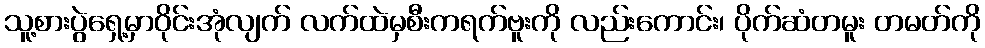
သူ့စားပွဲရှေ့မှာဝိုင်းအုံလျက် လက်ထဲမှစီးကရက်ဗူးကို လည်းကောင်း၊ ပိုက်ဆံတမူး တမတ်ကို